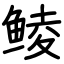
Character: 鲮